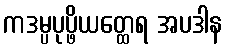
ကဒမ္ပပုပ္ဖိယတ္ထေရ အပဒါန